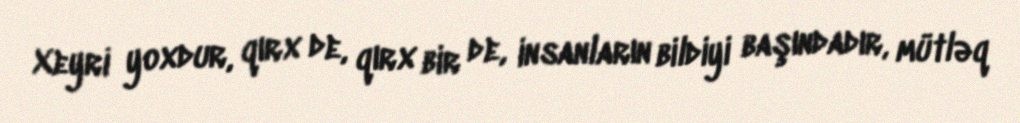
Xeyri yoxdur, qırx de, qırx bir de, insanların bildiyi başındadır, mütləq